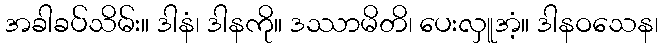
အခါခပ်သိမ်း။ ဒါနံ၊ ဒါနကို။ ဒဿာမိတိ၊ ပေးလှူအံ့။ ဒါနဝသေန၊